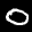
Label: 0